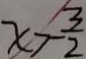
x > - \frac { 3 } { 2 }